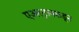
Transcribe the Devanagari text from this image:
एअरट्रानकडून